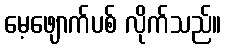
မေ့ဖျောက်ပစ် လိုက်သည်။